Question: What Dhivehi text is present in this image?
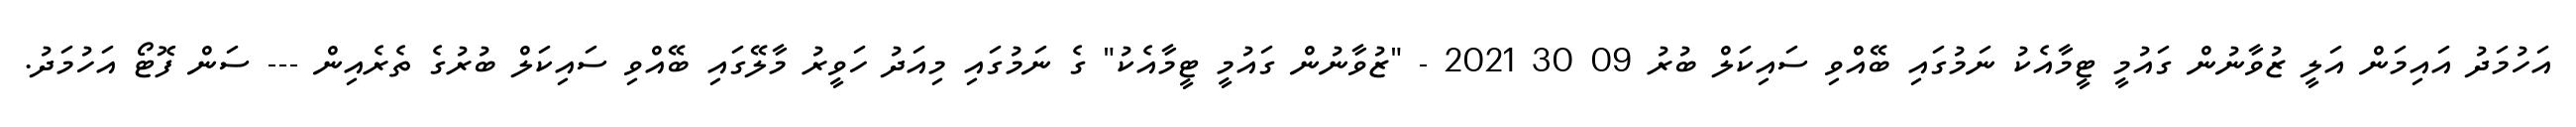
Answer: އަހުމަދު އައިމަން އަލީ ޒުވާނުން ގައުމީ ޓީމާއެކު ނަމުގައި ބޭއްވި ސައިކަލް ބުރު 09 30 2021 - "ޒުވާނުން ގައުމީ ޓީމާއެކު" ގެ ނަމުގައި މިއަދު ހަވީރު މާލޭގައި ބޭއްވި ސައިކަލް ބުރުގެ ތެރެއިން --- ސަން ފޮޓޯ އަހުމަދު.